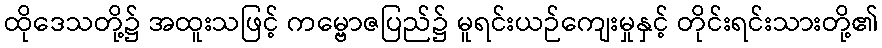
ထိုဒေသတို့၌ အထူးသဖြင့် ကမ္ဗောဇပြည်၌ မူရင်းယဉ်ကျေးမှုနှင့် တိုင်းရင်းသားတို့၏